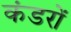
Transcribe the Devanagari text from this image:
कंडरों